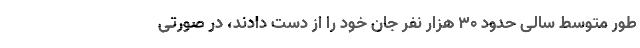
طور متوسط سالی حدود ۳۰ هزار نفر جان خود را از دست دادند، در صورتی